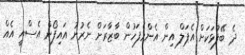
ދެ ބޭފުޅަކަށް އެޕަލް އިން އެންމެފަހުން ބާޒާރަށް ނެރުނު އައިފޯން އެސްއީ އެއް